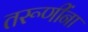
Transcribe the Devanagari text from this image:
तरूणींना